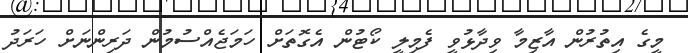
މީގެ އިތުރުން އާޒިމާ ވިދާޅުވީ ފެމިލީ ކޯޓުން އެގޮތަށް ހަމަޖެއްސުމުން ދަރިންނަށް ހަރަދު